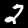
Digit: 2